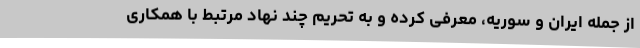
از جمله ایران و سوریه، معرفی کرده و به تحریم چند نهاد مرتبط با همکاری